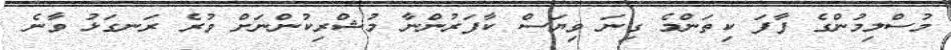
މުސްލިމުންގެ ފާފަ ކިތަންމެ ގިނަ ވިޔަސް ކާފަރުންނާ މުޝްރިކުންނަށް ވުރެ ރަނގަޅު ވާނެ